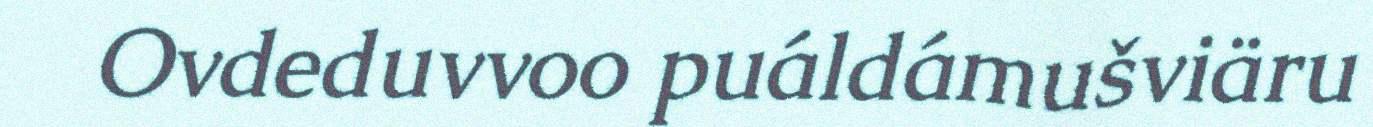
Ovdeduvvoo puáldámušviäru